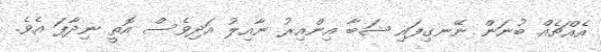
އެއްޗެއް ބުނަން ނޭނގިފައި ޝަބާ އިންއިރު ނާއިލު އަދިވެސް އޮތީ ނިދާފަ އެވެ.